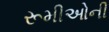
રૂમીઓની